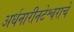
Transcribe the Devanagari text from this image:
अर्धनारीनटेश्वराचे